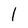
Character: 1